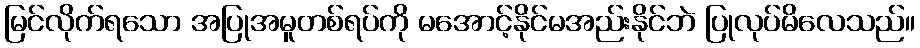
မြင်လိုက်ရသော အပြုအမူတစ်ရပ်ကို မအောင့်နိုင်မအည်းနိုင်ဘဲ ပြုလုပ်မိလေသည်။